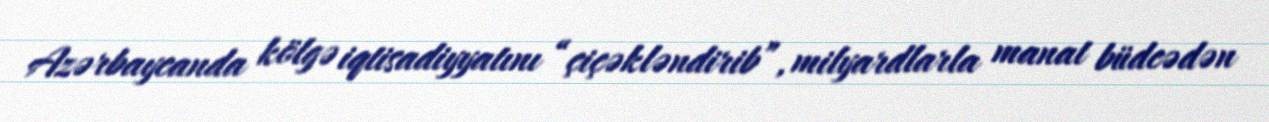
Azərbaycanda kölgə iqtisadiyyatını “çiçəkləndirib”, milyardlarla manat büdcədən